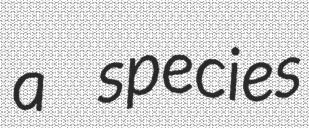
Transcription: a species